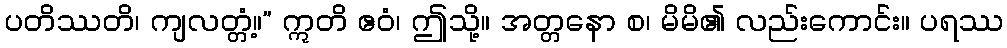
ပတိဿတိ၊ ကျလတ္တံ့။” ဣတိ ဧဝံ၊ ဤသို့။ အတ္တနော စ၊ မိမိ၏ လည်းကောင်း။ ပရဿ